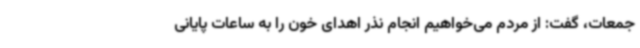
جمعات، گفت: از مردم می‌خواهیم انجام نذر اهدای خون را به ساعات پایانی